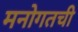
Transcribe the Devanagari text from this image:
मनोगतची